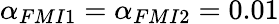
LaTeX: {\alpha}_{FMI1}={\alpha}_{FMI2}=0.01